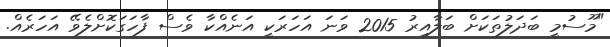
"މޫސުމީ ބަދަލުތަކަށް ބަލާއިރު 2015 ވަނަ އަހަރަކީ އަނެއްކާ ވެސް ފާހަގަކޮށްލެވޭ އަހަރެއް.